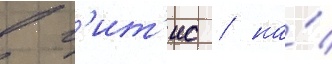
в г'ит'ис / на́